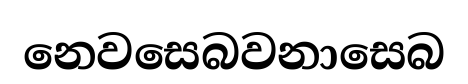
නෙවසෙබවනාසෙබ